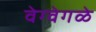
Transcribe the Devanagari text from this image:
वेग्वेगळे